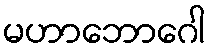
မဟာဘောဂေါ